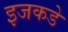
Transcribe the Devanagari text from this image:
इजकडे